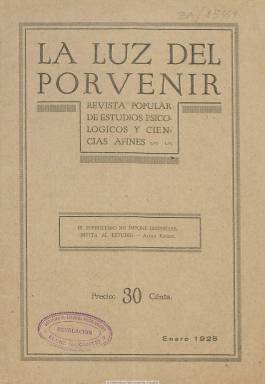
Título: La Luz del porvenir (1911)
Colección: Espiritismo
Ámbito geográfico: Barcelona
Lugar de publicación: Barcelona
Fechas: 01/01/1925-31/12/1934

En enero de 1913 reaparece esta revista fundada en 1879 por la escritora andaluza Amalia Domingo Soler (1835-1909), que en 1900 se había fusionado con La unión espiritista para formar Luz y unión (1900-1914), y que había actuado como portavoz de la rama feminista del espiritismo. Lo hará ahora bajo la dirección de Santiago Arnando, después de Salvador Vendrell Xuclá, y por último de Fernando Corchón, iniciando en enero de 1925 una “tercera época”. Sus entregas son mensuales y de variada paginación, como órgano del Centro La Buena Nueva, y desde 1928 como órgano oficial de la Federación Espiritista Española, con el subtítulo “revista popular de estudios psicológicos y ciencias afines”. Aparece como administrador, y en alguna ocasión como director, Juan Torras Serra.

Publica artículos de divulgación y doctrinales de esta filosofía que la propia publicación califica de “ecléctica, tolerante y científica”, así como noticias de las actividades de las diferentes asociaciones y federaciones tanto españolas como extranjeras. Tiene secciones de tribuna libre, consultorio y hasta folletín. Algunas cubiertas estampan retratos de personalidades vinculadas a este movimiento, e inserta también algún otro en el interior, acompañado de breves semblanzas. También da cuenta de los congresos espiritistas internacionales que se celebran, de listados bibliográficos y de revistas de este movimiento. Inserta también anuncios publicitarios.

Entre las firmas de sus textos aparecen, además de las de sus directores, las de Max Allan, Gabriel Delanne, Bernardo Obrador, Arturo Muñoz, Abdón Sánchez Herrero, C. Villar de la Tejera, Mariano Anglada, Víctor Melcior, Alberto Carsi, Luis de Zulueta, Faustino Isona, Teófilo Andrés, Plácido Ideal, Mariano Centeno, Antonio Zozaya, Fabián Palasí, Antonio Moya, Fernando López Martín, Ángel Aguarod e, incluso, las de Emilio Carrere y Fernanflor, entre otras.

La colección de la Biblioteca Nacional es incompleta y contiene números de los años 1925-1929 y 1934. Estuvo publicándose hasta octubre de 1936.